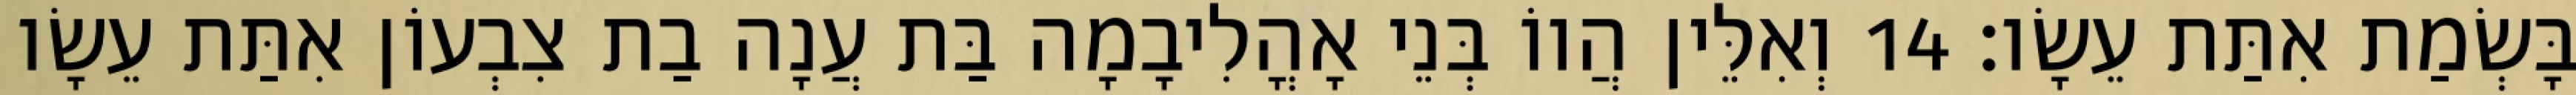
בָּשְׂמַת אִתַּת עֵשָׂו׃ 14 וְאִלֵּין הֲווֹ בְּנֵי אָהֳלִיבָמָה בַּת עֲנָה בַת צִבְעוֹן אִתַּת עֵשָׂו